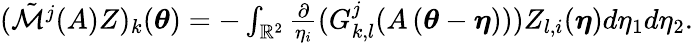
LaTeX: \begin{array}{r}{(\tilde{\mathcal{M}}^{j}(A)Z)_{k}({\boldsymbol{\theta}})=-\int_{\mathbb{R}^{2}}\frac{\partial}{\eta_{i}}(G_{k,l}^{j}(A\left(\boldsymbol{\theta}-\boldsymbol{\eta}\right)))Z_{l,i}({\boldsymbol{\eta}})d\eta_{1}d\eta_{2}.}\end{array}